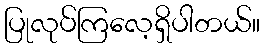
ပြုလုပ်ကြလေ့ရှိပါတယ်။